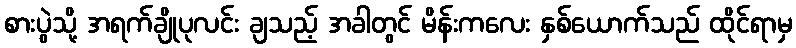
စားပွဲသို့ အရက်ချိုပုလင်း ချသည့် အခါတွင် မိန်းကလေး နှစ်ယောက်သည် ထိုင်ရာမှ